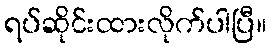
ရပ်ဆိုင်းထားလိုက်ပါပြီ။